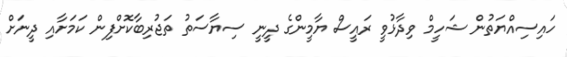
ހައިސިއްޔަތުން ޝަހީމް ވިދާޅުވީ ރައީސް ޔާމީންގެ ދީނީ ސިޔާސަތު ތަޖުރިބާކޮށްފިން ކަމަށާއި ދީނަށް